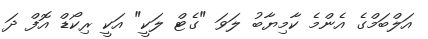
އަލްބަމްގެ އެންމެ ކާމިޔާބު ލަވަ "ގެޓް ލަކީ" އަކީ ރިކޯޑް އޮފް ދަ